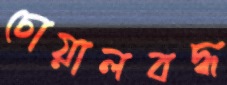
চোয়ালবদ্ধ